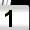
Digit: 1